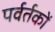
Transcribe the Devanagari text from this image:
पर्वर्तकों